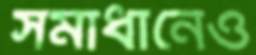
সমাধানেও